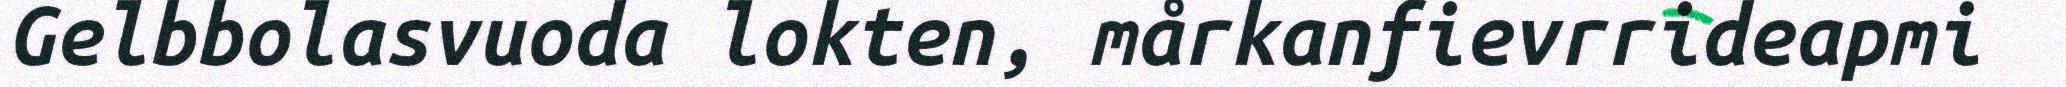
Gelbbolasvuoda lokten, mårkanfievrrideapmi